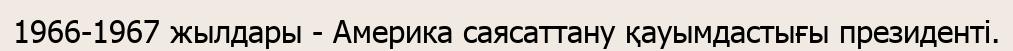
1966-1967 жылдары - Америка саясаттану қауымдастығы президенті.